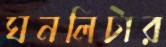
ঘনলিটার